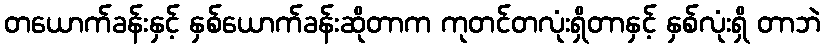
တယောက်ခန်းနှင့် နှစ်ယောက်ခန်းဆိုတာက ကုတင်တလုံးရှိတာနှင့် နှစ်လုံးရှိ တာဘဲ